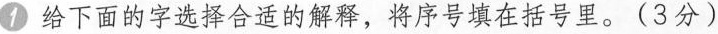
1 给下面的字选择合适的解释，将序号填在括号里。 (3分 )